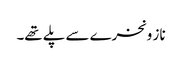
ناز و نخرے سے پلے تھے۔